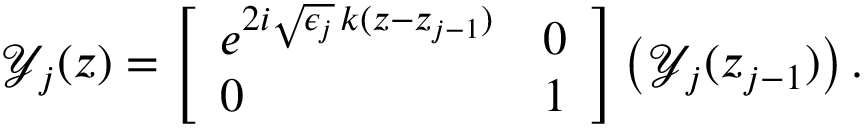
\begin{array} { r } { \mathcal { Y } _ { j } ( z ) = \left[ \begin{array} { l l } { e ^ { 2 i \sqrt { \epsilon _ { j } } \, k ( z - z _ { j - 1 } ) } } & { 0 } \\ { 0 } & { 1 } \end{array} \right] \left( \mathcal { Y } _ { j } ( z _ { j - 1 } ) \right) . } \end{array}